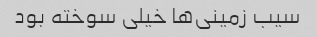
سیب زمینی‌ها خیلی سوخته بود